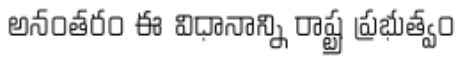
అనంతరం ఈ విధానాన్ని రాష్ట్ర ప్రభుత్వం